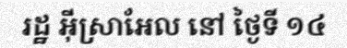
រដ្ឋ អ៊ីស្រាអែល នៅ ថ្ងៃទី ១៤